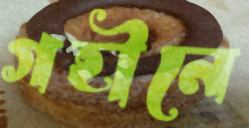
গহীনে